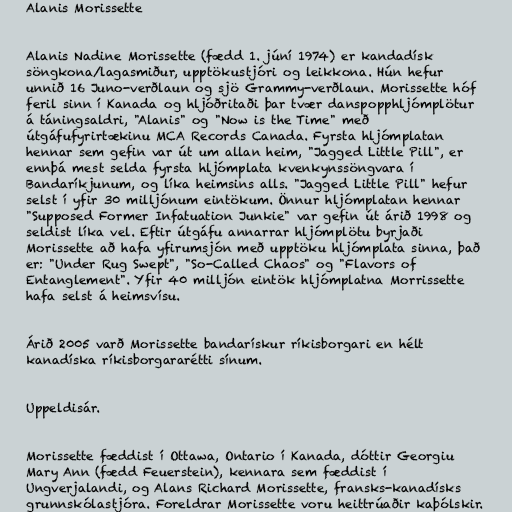
Alanis Morissette

Alanis Nadine Morissette (fædd 1. júní 1974) er kandadísk
söngkona/lagasmiður, upptökustjóri og leikkona. Hún hefur
unnið 16 Juno-verðlaun og sjö Grammy-verðlaun. Morissette hóf
feril sinn í Kanada og hljóðritaði þar tvær danspopphljómplötur
á táningsaldri, "Alanis" og "Now is the Time" með
útgáfufyrirtækinu MCA Records Canada. Fyrsta hljómplatan
hennar sem gefin var út um allan heim, "Jagged Little Pill", er
ennþá mest selda fyrsta hljómplata kvenkynssöngvara í
Bandaríkjunum, og líka heimsins alls. "Jagged Little Pill" hefur
selst í yfir 30 milljónum eintökum. Önnur hljómplatan hennar
"Supposed Former Infatuation Junkie" var gefin út árið 1998 og
seldist líka vel. Eftir útgáfu annarrar hljómplötu byrjaði
Morissette að hafa yfirumsjón með upptöku hljómplata sinna, það
er: "Under Rug Swept", "So-Called Chaos" og "Flavors of
Entanglement". Yfir 40 milljón eintök hljómplatna Morrissette
hafa selst á heimsvísu.

Árið 2005 varð Morissette bandarískur ríkisborgari en hélt
kanadíska ríkisborgararétti sínum.

Uppeldisár.

Morissette fæddist í Ottawa, Ontario í Kanada, dóttir Georgiu
Mary Ann (fædd Feuerstein), kennara sem fæddist í
Ungverjalandi, og Alans Richard Morissette, fransks-kanadísks
grunnskólastjóra. Foreldrar Morissette voru heittrúaðir kaþólskir.